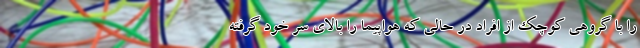
را با گروهی کوچک از افراد در حالی که هواپیما را بالای سر خود گرفته